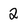
Character: 2